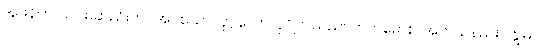
အဖန်တလဲလဲမဆည်းကပ်အပ်သော။ ပုဂ္ဂလော၊ ပုဂ္ဂိုလ်သည်။ ကတမောစ၊ အဘယ်နည်း။ ဣဓ၊